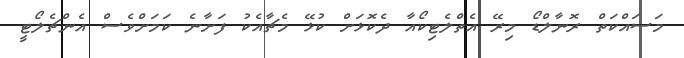
މަސައްކަތް ރޮނާލްޑޯ މިރޭ އެތްލެޓިކޯއާ ދެކޮޅަށް ކުޅޭ މެޗާއެކު ފަށާނެ ކަމަށްވެސް އެންޗެލޯޓީ